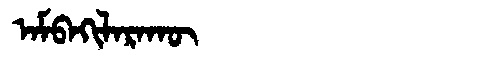
Manchu: ᠠᠮᠪᠠᡴᡳᠯᠠᡵᠠᡴᡡ
Romanization: AMBAKILARAKŪ